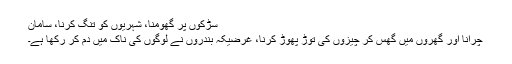
سڑکوں پر گھومنا، شہریوں کو تنگ کرنا، سامان
چرانا اور گھروں میں گھس کر چیزوں کی توڑ پھوڑ کرنا، غرضیکہ بندروں نے لوگوں کی ناک میں دم کر رکھا ہے۔